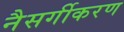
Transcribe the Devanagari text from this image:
नैसर्गीकरण